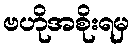
ဗဟိုအစိုးရမှ